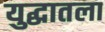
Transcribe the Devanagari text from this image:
युद्धातला